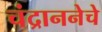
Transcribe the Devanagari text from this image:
चंद्राननेचे